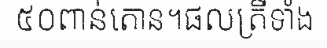
៥០ពាន់តោន។ផលត្រីទាំង